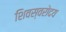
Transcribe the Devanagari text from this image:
शिवस्वरोदय